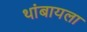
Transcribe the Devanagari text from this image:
थांबायला